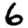
Digit: 6